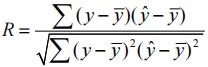
\[
R = \frac{\sum (y - \bar{y})(\hat{y} - \bar{y})}{\sqrt{\sum (y - \bar{y})^2(\hat{y} - \bar{y})^2}}
\]